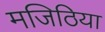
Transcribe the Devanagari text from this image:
मजिठिया